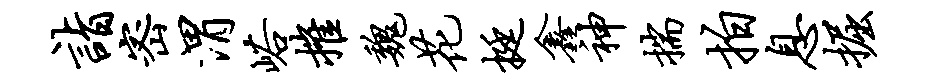
诣密渭峪摧魏花挺鑫神揣拍息掘